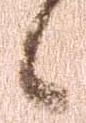
候